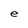
Character: e